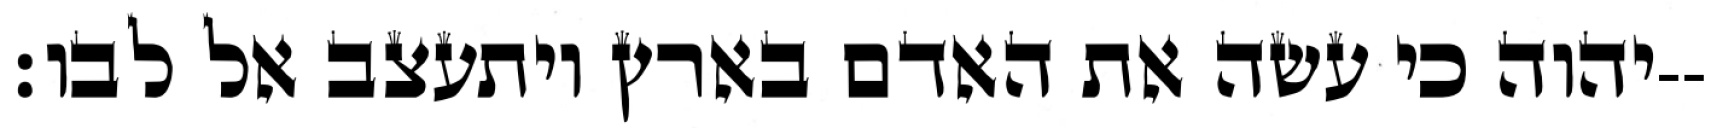
יהוה כי עשה את האדם בארץ ויתעצב אל לבו׃--